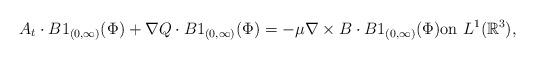
LaTeX: \begin{align*}A_{t}\cdot B1_{(0,\infty)}(\Phi)+\nabla Q\cdot B1_{(0,\infty)}(\Phi)=-\mu \nabla \times B\cdot B1_{(0,\infty)}(\Phi)\textrm{on}\ L^{1}(\mathbb{R}^{3}),\end{align*}